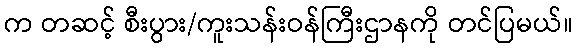
က တဆင့် စီးပွား/ကူးသန်းဝန်ကြီးဌာနကို တင်ပြမယ်။